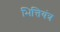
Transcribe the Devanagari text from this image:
भित्तियंत्र